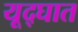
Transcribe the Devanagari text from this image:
यूद्घात